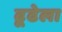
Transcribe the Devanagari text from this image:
ढूढेला